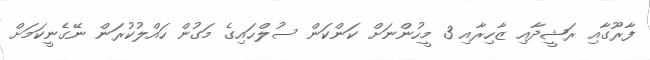
ފާރޫގާއި ރަޝީދާއި ޒާހިރާއި 3 މީހުންނަށް ކަންކަން ސުލްޙައިގެ މަގުން ހައްލުކުރަން ނޭގެނީކަމަށް